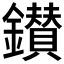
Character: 鑚